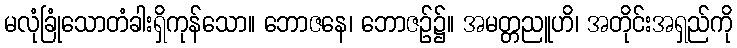
မလုံခြုံသောတံခါးရှိကုန်သော။ ဘောဇနေ၊ ဘောဇဉ်၌။ အမတ္တညူဟိ၊ အတိုင်းအရှည်ကို